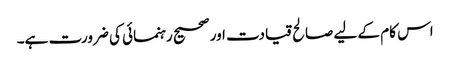
اس کام کے لیے صالح قیادت اور صحیح رہنمائی کی ضرورت ہے۔